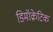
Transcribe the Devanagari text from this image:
डिमॉक्रेटिक